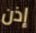
إذن